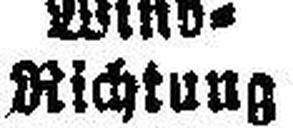
Richtung